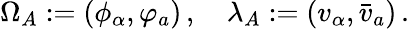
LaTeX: \Omega_{A}:=(\phi_{\alpha},\varphi_{a})\, ,\quad\lambda_{A}:=(v_{\alpha},\bar{v}_{a})\, .